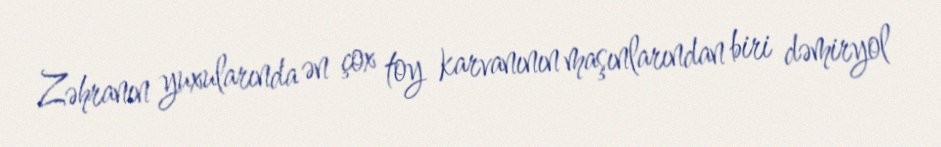
Zəhranın yuxularında ən çox toy karvanının maşınlarından biri dəmiryol